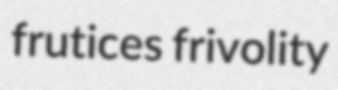
frutices frivolity